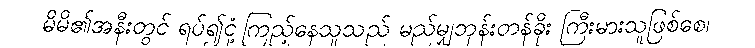
မိမိ၏အနီးတွင် ရပ်၍ငုံ့ကြည့်နေသူသည် မည်မျှဘုန်းတန်ခိုး ကြီးမားသူဖြစ်စေ၊